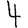
Digit: 4